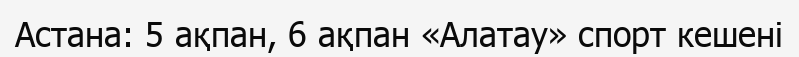
Астана: 5 ақпан, 6 ақпан «Алатау» спорт кешені